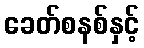
ခေတ်စနစ်နှင့်